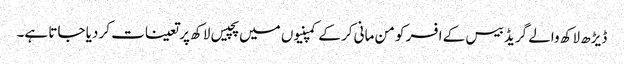
ڈیڑھ لاکھ والے گریڈ بیس کے افسر کو من مانی کر کے کمپنیوں میں پچیس لاکھ پر تعینات کر دیا جاتا ہے۔